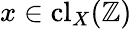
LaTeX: x\in\operatorname{cl}_{X}(\mathbb{Z})